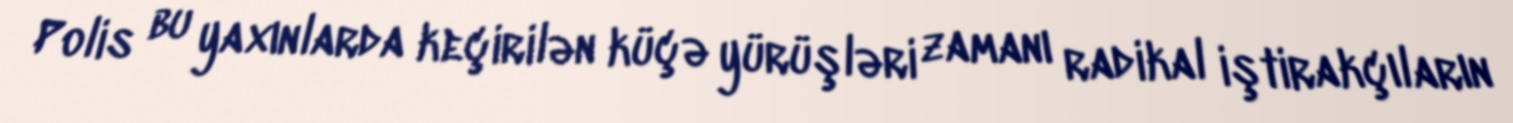
Polis bu yaxınlarda keçirilən küçə yürüşləri zamanı radikal iştirakçıların